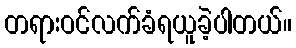
တရားဝင်လက်ခံရယူခဲ့ပါတယ်။